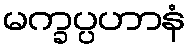
မက္ခပ္ပဟာနံ